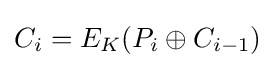
C_{i}=E_{K}(P_{i}\oplus C_{i-1})